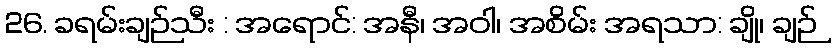
26. ခရမ်းချဉ်သီး : အရောင်: အနီ၊ အဝါ၊ အစိမ်း အရသာ: ချို၊ ချဉ်